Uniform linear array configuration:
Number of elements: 12
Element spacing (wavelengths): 0.25
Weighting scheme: binomial
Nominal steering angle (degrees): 45
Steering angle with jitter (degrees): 43.955
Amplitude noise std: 0.05
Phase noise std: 0.05

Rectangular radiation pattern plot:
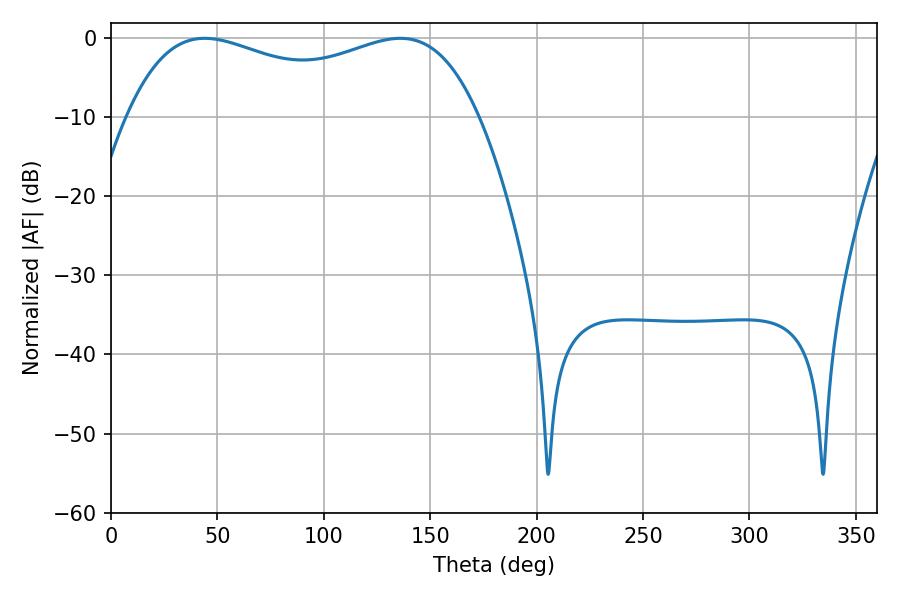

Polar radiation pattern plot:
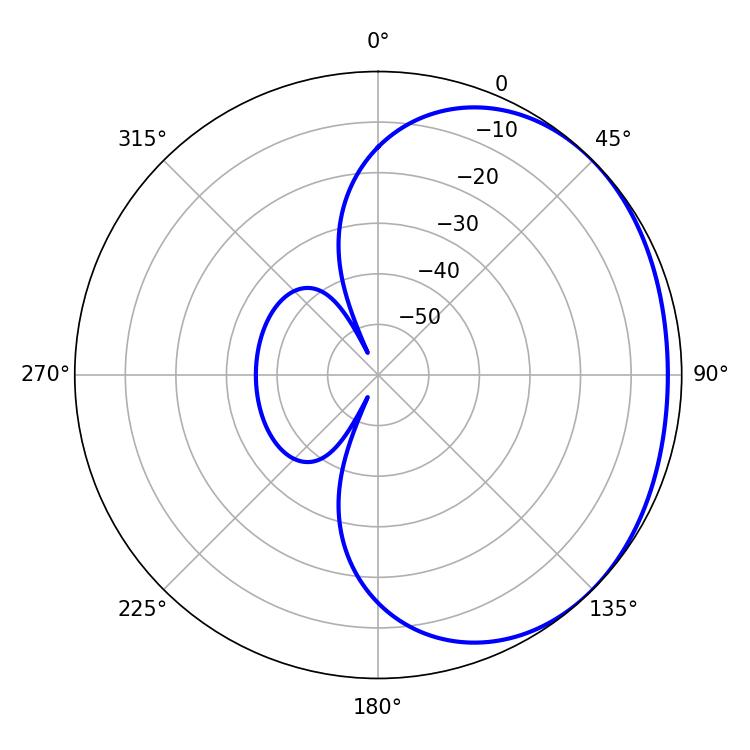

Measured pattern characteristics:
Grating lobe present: FALSE
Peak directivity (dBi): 1.465
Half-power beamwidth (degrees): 135.72
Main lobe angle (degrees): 44.1